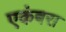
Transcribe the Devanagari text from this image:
एकंबरा